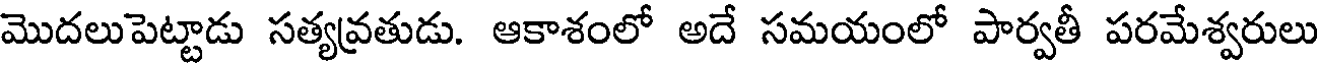
మొదలుపెట్టాడు సత్యవ్రతుడు. ఆకాశంలో అదే సమయంలో పార్వతీ పరమేశ్వరులు